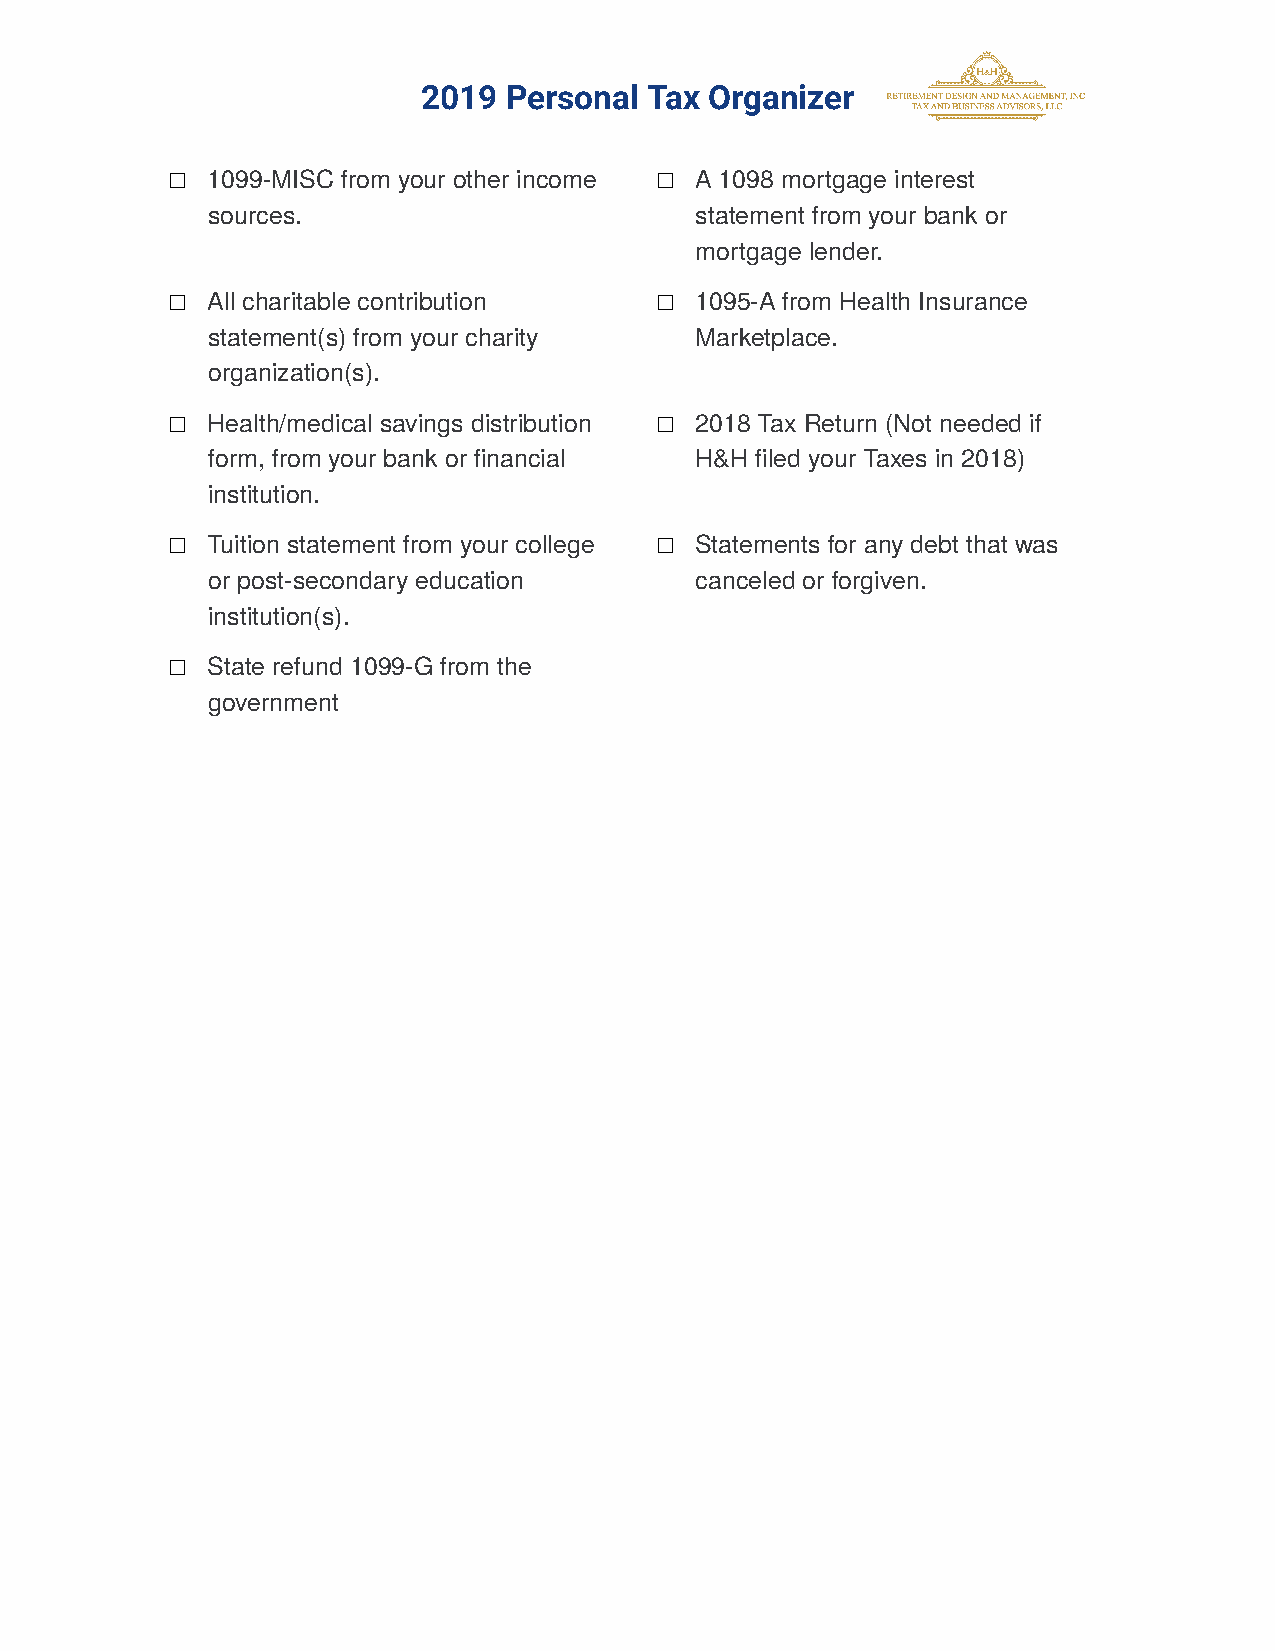
2019 Personal  Tax Organizer
 □  1099-MISC from your other income □ A 1098 mortgage interest
 sources.                        statement from your bank or
 mortgage lender.
 □  All charitable contribution   □ 1095-A from Health Insurance
 statement(s) from your charity  Marketplace.
 organization(s).
 □  Health/medical savings distribution □ 2018 Tax Return (Not needed if
 form, from your bank or financial H&H filed your Taxes in 2018)
 institution.
 □  Tuition statement from your college □ Statements for any debt that was
 or post-secondary education     canceled or forgiven.
 institution(s).
 □  State refund 1099-G from the
 government